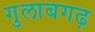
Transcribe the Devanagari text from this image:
गुलाबगढ़